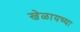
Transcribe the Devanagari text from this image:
खेळायच्या